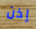
إذن